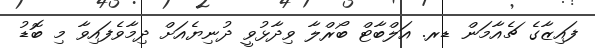
ފައިޒާގެ ޗެއާމަން ޑރ. އަލްބާޓް ބޯރްލާ ވިދާޅުވީ ދުނިޔެއަށް ދިމާވެފައިވާ މި ބޮޑު